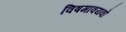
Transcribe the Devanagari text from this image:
विषमावयवो